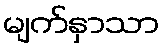
မျက်နှာသာ